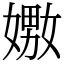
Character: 嫐